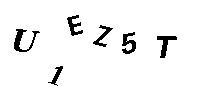
U1EZ5T